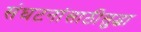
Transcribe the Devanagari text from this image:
संघटनांसाठीसुद्धा